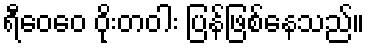
ရီဝေဝေ ဝိုးတဝါး ပြန်ဖြစ်နေသည်။